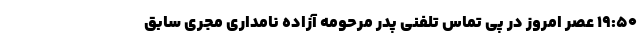
19:50 عصر امروز در پی تماس تلفنی پدر مرحومه آزاده نامداری مجری سابق